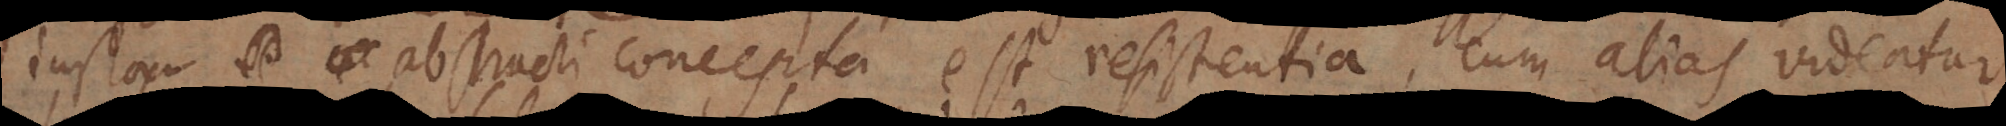
instar abstracti concepta est resistentia, cum alias videatur